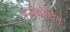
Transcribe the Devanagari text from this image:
स्त्रीयोचित